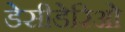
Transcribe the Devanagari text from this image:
डेसीडेरिओ